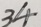
3 4